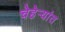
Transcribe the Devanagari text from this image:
चेहेर्‍यांत